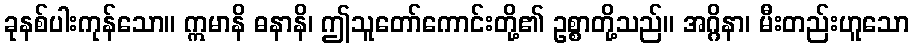
ခုနစ်ပါးကုန်သော။ ဣမာနိ ဓနာနိ၊ ဤသူတော်ကောင်းတို့၏ ဥစ္စာတို့သည်။ အဂ္ဂိနာ၊ မီးတည်းဟူသော